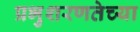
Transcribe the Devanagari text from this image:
प्रभुशरणतेच्या